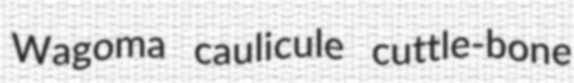
Wagoma caulicule cuttle-bone